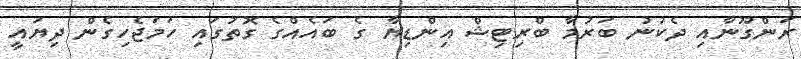
ރަންގޫނާއި ދެކުނު ބަރުމާ ބްރިޓިޝް އިންޑިޔާ ގެ ބައެއްގެ ގޮތުގައި ހަމަޖެހިގެން ދިޔައީ